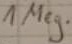
Text: 1 Meg.